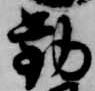
勧